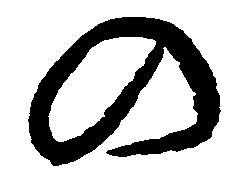
の